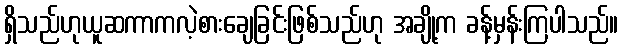
ရှိသည်ဟုယူဆကာကလဲ့စားချေခြင်းဖြစ်သည်ဟု အချို့က ခန့်မှန်းကြပါသည်။